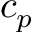
c _ { p }